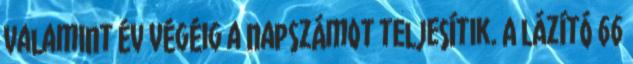
valamint év végéig a napszámot teljesítik. A lázító 66